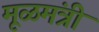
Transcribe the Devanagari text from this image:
मूळमंत्री